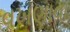
વખણાવા